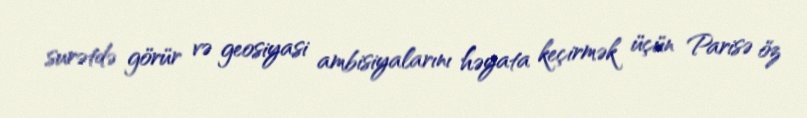
surətdə görür və geosiyasi ambisiyalarını həyata keçirmək üçün Parisə öz